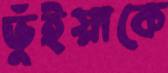
ভুঁইয়াকে